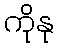
ကိုနု